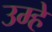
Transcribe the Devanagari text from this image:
उम्हें